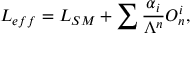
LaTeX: { \cal L } _ { e f f } = { \cal L } _ { S M } + \sum { \frac { \alpha _ { i } } { \Lambda ^ { n } } } O _ { n } ^ { i } ,